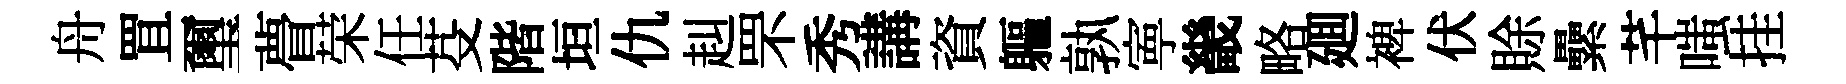
舟罝璽瞢荣任芟階垣仇赳罘秀講資軀孰寕畿略廽裨伏賖纍芊嗤挂